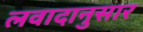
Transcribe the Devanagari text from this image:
लवादानुसार